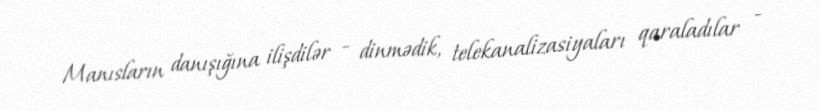
Manısların danışığına ilişdilər - dinmədik, telekanalizasiyaları qaraladılar -